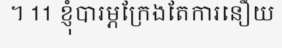
។ 11 ខ្ញុំបារម្ភក្រែងតែការនឿយ